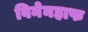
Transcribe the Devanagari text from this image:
विनेनहाफ